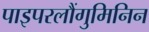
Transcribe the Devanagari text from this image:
पाइपरलौंगुमिनिन